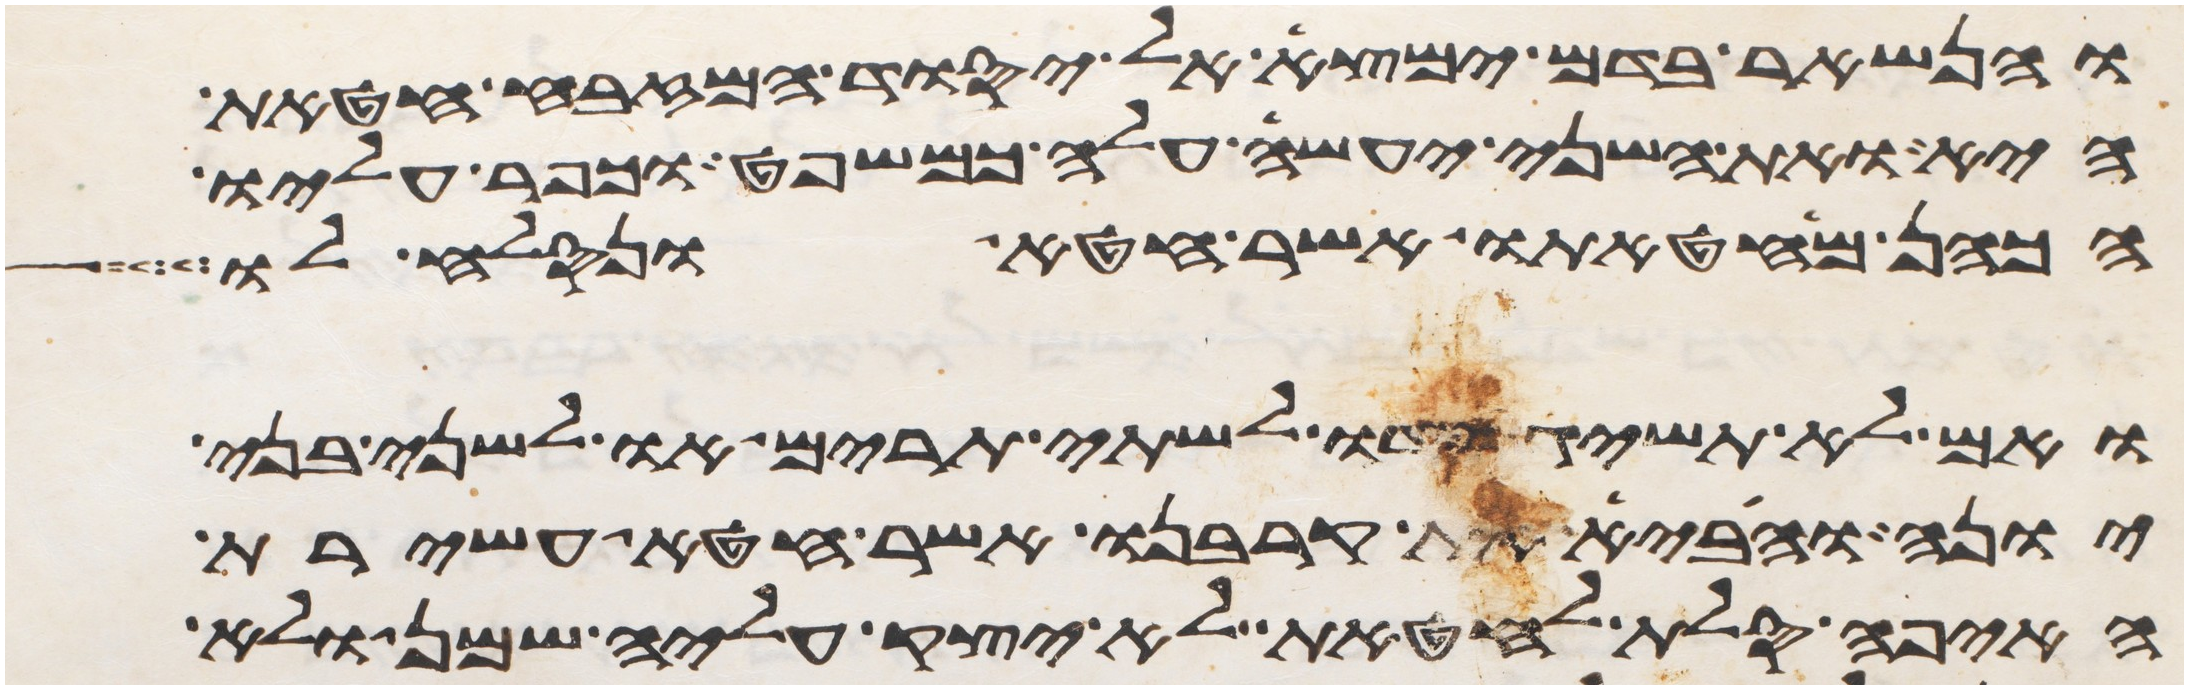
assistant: והנשאר בדם ימצא אל יסוד המזבח חטאת
היא ואת השני יעשה עלה כמשפט וכפר עליו
הכהן מחטאתו אשר חטא ונסלח לו
ואם לא תשיג ידו לשתי תרים או לשני בני
יונה והביא את קרבנו אשר חטא עשירת
האיפה סלת לחטאת לא יצק עליה שמן ולא